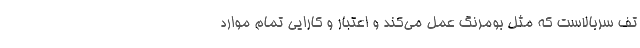
تف سربالاست که مثل بومرنگ عمل می‌کند و اعتبار و کارایی تمام موارد